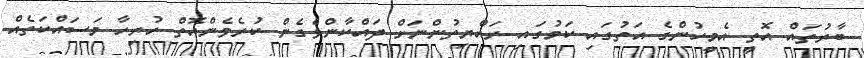
ބާރުތައް އޮތީ އެމީހުންގެ އަތުގައި ކަމުގައި ރައްޔިތުންނަށް ދައްކާންވެގެން ކުރެވެންއޮތް ހުރިހާ މަސައްކަތެއް